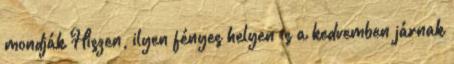
mondják Hiszen, ilyen fényes helyen is a kedvemben járnak